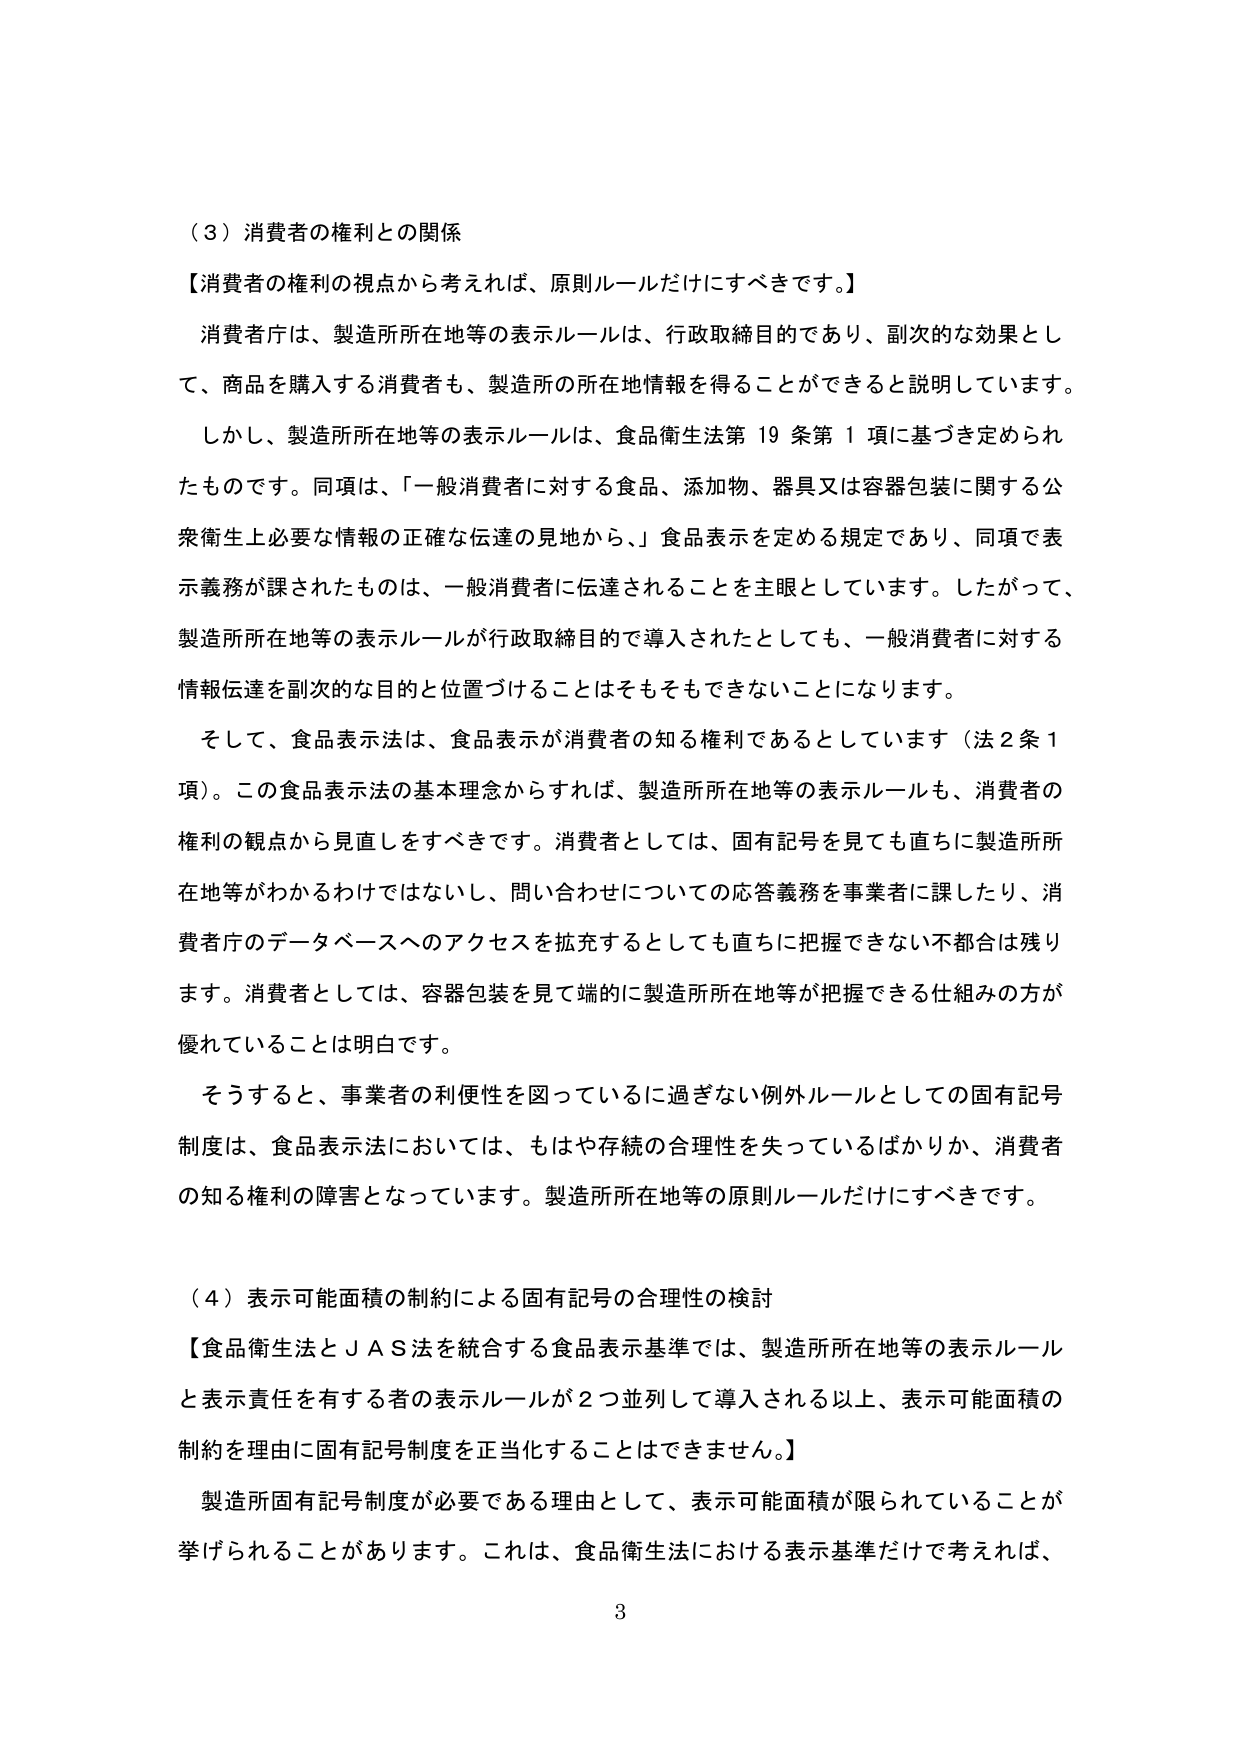
（３）消費者の権利との関係
【消費者の権利の視点から考えれば、原則ルールだけにすべきです。】
消費者庁は、製造所所在地等の表示ルールは、行政取締目的であり、副次的な効果として、商品を購入する消費者も、製造所の所在地情報を得ることができると説明しています。
しかし、製造所所在地等の表示ルールは、食品衛生法第19条第1項に基づき定められたものです。同項は、「一般消費者に対する食品、添加物、器具又は容器包装に関する公衆衛生上必要な情報の正確な伝達の見地から、」食品表示を定める規定であり、同項で表示義務が課されたものは、一般消費者に伝達されることを主眼としています。したがって、製造所所在地等の表示ルールが行政取締目的で導入されたとしても、一般消費者に対する情報伝達を副次的な目的と位置づけることはそもそもできないことになります。
そして、食品表示法は、食品表示が消費者の知る権利であるとしています（法2条1項）。この食品表示法の基本理念からすれば、製造所所在地等の表示ルールも、消費者の権利の観点から見直しをすべきです。消費者としては、固有記号を見ても直ちに製造所所在地等がわかるわけではないし、問い合わせについての応答義務を事業者に課したり、消費者庁のデータベースへのアクセスを拡充するとしても直ちに把握できない不都合は残ります。消費者としては、容器包装を見て端的に製造所所在地等が把握できる仕組みの方が優れていることは明白です。
そうすると、事業者の利便性を図っているに過ぎない例外ルールとしての固有記号制度は、食品表示法においては、もはや存続の合理性を失っているばかりか、消費者の知る権利の障害となっています。製造所所在地等の原則ルールだけにすべきです。

（４）表示可能面積の制約による固有記号の合理性の検討
【食品衛生法とＪＡＳ法を統合する食品表示基準では、製造所所在地等の表示ルールと表示責任を有する者の表示ルールが2つ並列して導入される以上、表示可能面積の制約を理由に固有記号制度を正当化することはできません。】
製造所固有記号制度が必要である理由として、表示可能面積が限られていることが挙げられることがあります。これは、食品衛生法における表示基準だけで考えれば、
3